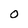
Character: 0